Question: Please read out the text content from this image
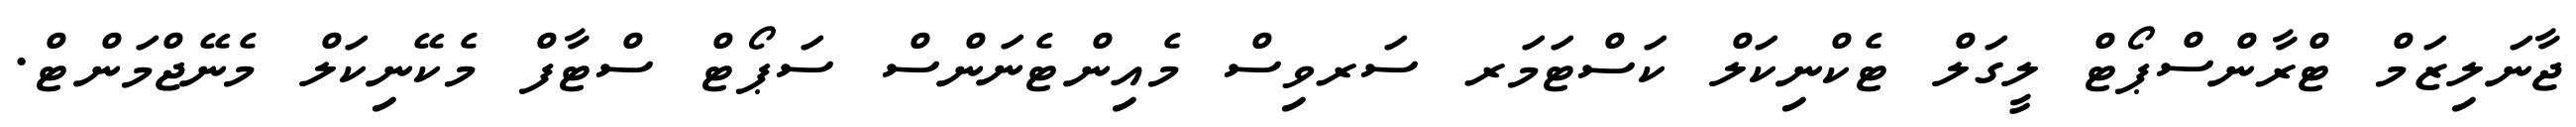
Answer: ޖާނަލިޒަމް ޓްރާންސްޕޯޓް ލީގަލް ޓެކްނިކަލް ކަސްޓަމަރ ސަރވިސް މެއިންޓެނަންސް ސަޕޯޓް ސްޓާފް މެކޭނިކަލް މެނޭޖްމަންޓް.